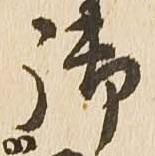
御